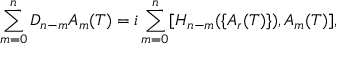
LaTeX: \sum _ { m = 0 } ^ { n } D _ { n - m } A _ { m } ( T ) = i \sum _ { m = 0 } ^ { n } [ H _ { n - m } ( \{ A _ { r } ( T ) \} ) , A _ { m } ( T ) ] ,